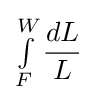
\textstyle \int \limits _{F}^{W}\displaystyle {\frac {dL}{L}}